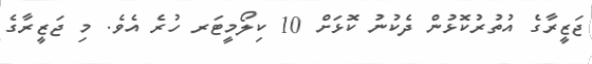
ޖަޒީރާގެ އުތުރުކޮޅުން ދެކުނު ކޮޅަށް 10 ކިލޯމީޓަރ ހުރެ އެވެ. މި ޖަޒީރާގެ